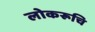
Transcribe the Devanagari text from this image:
लोकरूचि